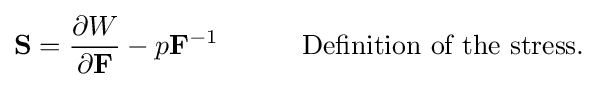
{\begin{aligned}{\bf {S}}&={\frac {\partial W}{\partial {\bf {F}}}}-p{\bf {F}}^{-1}&&\qquad {\text{Definition of the stress}}.\\\end{aligned}}